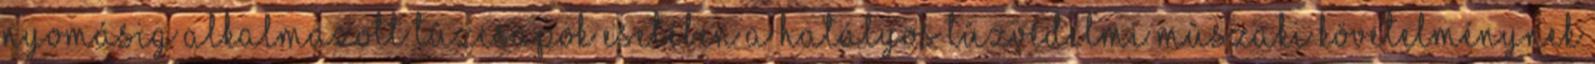
nyomásig alkalmazott tûzcsapok esetében a hatályos tûzvédelmi mûszaki követelménynek